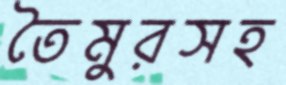
তৈমুরসহ